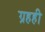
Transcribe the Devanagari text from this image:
ग्रहही